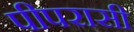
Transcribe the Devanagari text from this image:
पीपरासी